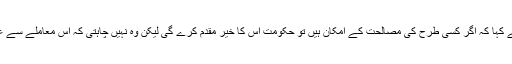
اٹارنی جنرل واہن وتی نے کہا کہ اگر کسی طرح کی مصالحت کے امکان ہیں تو حکومت اس کا خیر مقدم کرے گی لیکن وہ نہیں چاہتی کہ اس معاملے سے غیر یقینی فضا بنی رہے ۔